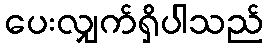
ပေးလျှက်ရှိပါသည်